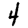
Digit: 4